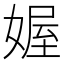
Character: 媉